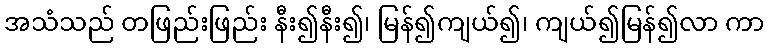
အသံသည် တဖြည်းဖြည်း နီး၍နီး၍၊ မြန်၍ကျယ်၍၊ ကျယ်၍မြန်၍လာ ကာ